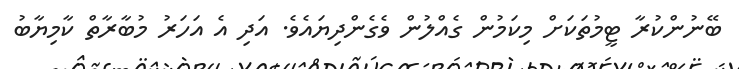
ބޭނުންކުރާ ޓީމުތަކަށް މިކަމުން ގެއްލުން ވެގެންދިޔައެވެ. އަދި އެ އަހަރު މުބާރާތް ކާމިޔާބު